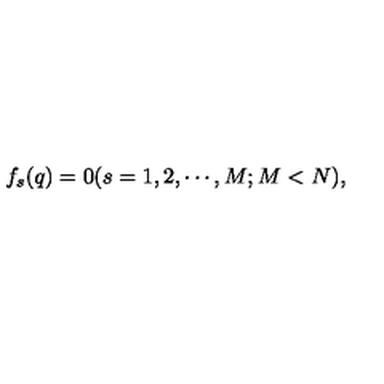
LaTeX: f _ { s } ( q ) = 0 ( s = 1 , 2 , \cdots , M ; M < N ) ,